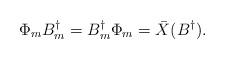
LaTeX: \begin{align*}\Phi_{m} B^{\dagger}_{m} = B^{\dagger}_{m} \Phi_{m} = \bar{X}(B^{\dagger}).\end{align*}